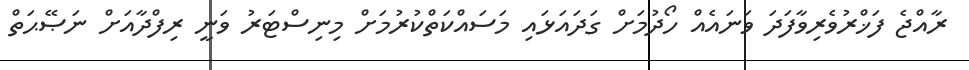
ރާއްޖެ ފަޚްރުވެރިވާފަދަ ވަނައެއް ހޯދުމަށް ގަދައަޅައި މަސައްކަތްކުރުމަށް މިނިސްޓަރު ވަނީ ރިފްދާއަށް ނަޞޭޙަތް